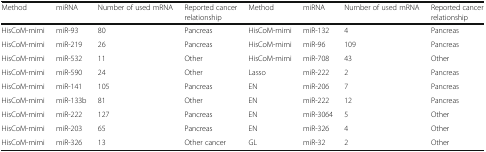
<table><thead><tr><td><b>Method</b></td><td><b>miRNA</b></td><td><b>Number of used mRNA</b></td><td><b>Reported cancer relationship</b></td><td><b>Method</b></td><td><b>miRNA</b></td><td><b>Number of used mRNA</b></td><td><b>Reported cancer relationship</b></td></tr></thead><tbody><tr><td>HisCoM-mimi</td><td>miR-93</td><td>80</td><td>Pancreas</td><td>HisCoM-mimi</td><td>miR-132</td><td>4</td><td>Pancreas</td></tr><tr><td>HisCoM-mimi</td><td>miR-219</td><td>26</td><td>Pancreas</td><td>HisCoM-mimi</td><td>miR-96</td><td>109</td><td>Pancreas</td></tr><tr><td>HisCoM-mimi</td><td>miR-532</td><td>11</td><td>Other</td><td>HisCoM-mimi</td><td>miR-708</td><td>43</td><td>Other</td></tr><tr><td>HisCoM-mimi</td><td>miR-590</td><td>24</td><td>Other</td><td>Lasso</td><td>miR-222</td><td>2</td><td>Pancreas</td></tr><tr><td>HisCoM-mimi</td><td>miR-141</td><td>105</td><td>Pancreas</td><td>EN</td><td>miR-206</td><td>7</td><td>Pancreas</td></tr><tr><td>HisCoM-mimi</td><td>miR-133b</td><td>81</td><td>Other</td><td>EN</td><td>miR-222</td><td>12</td><td>Pancreas</td></tr><tr><td>HisCoM-mimi</td><td>miR-222</td><td>127</td><td>Pancreas</td><td>EN</td><td>miR-3064</td><td>5</td><td>Other</td></tr><tr><td>HisCoM-mimi</td><td>miR-203</td><td>65</td><td>Pancreas</td><td>EN</td><td>miR-326</td><td>4</td><td>Other</td></tr><tr><td>HisCoM-mimi</td><td>miR-326</td><td>13</td><td>Other cancer</td><td>GL</td><td>miR-32</td><td>2</td><td>Other</td></tr></tbody></table>